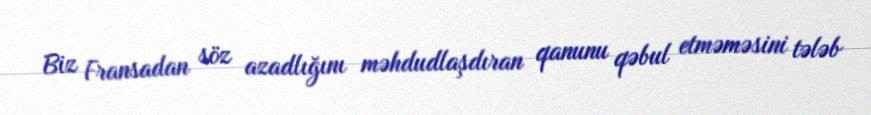
Biz Fransadan söz azadlığını məhdudlaşdıran qanunu qəbul etməməsini tələb